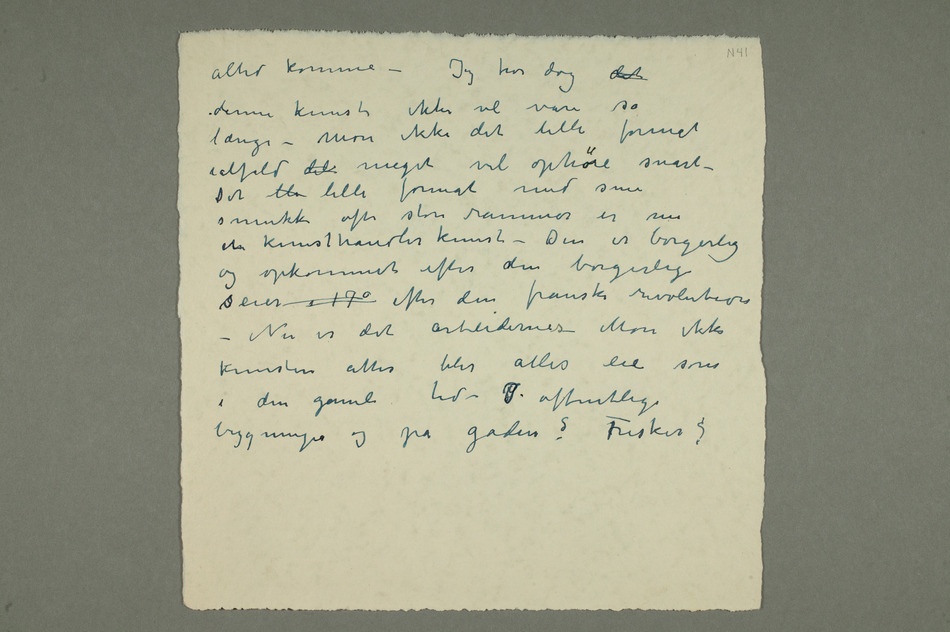
altid komme – Jeg tror dog det
denne kunst ikke vil vare så
længe – Mon ikke det lille format
ialfald  meget vil ophøre snart –
Det  lille format med sine
smukke ofte store rammer er nu
etn kunsthandlerkunst – Den er borgerlig
og opkommet efter den borgerlige
seier i 17 efter den franske revolution –
Nu er det arbeidernes. Mon ikke
kunsten atter blir alles eie som
i den gamle tid – I offentlige
bygninger og på gaden? Fresker?